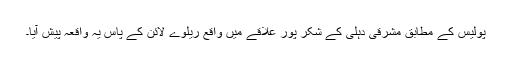
پولیس کے مطابق مشرقی دہلی کے شکر پور علاقے میں واقع ریلوے لائن کے پاس یہ واقعہ پیش آیا۔